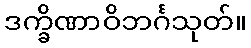
ဒက္ခိဏာဝိဘင်္ဂသုတ်။